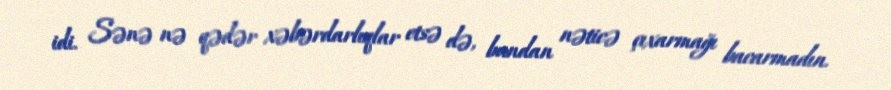
idi. Sənə nə qədər xəbərdarlıqlar etsə də, bundan nəticə çıxarmağı bacarmadın.